Report of the Indian Hemp Drugs Commission, 1894-1895 - Volume IV
Year: 1894
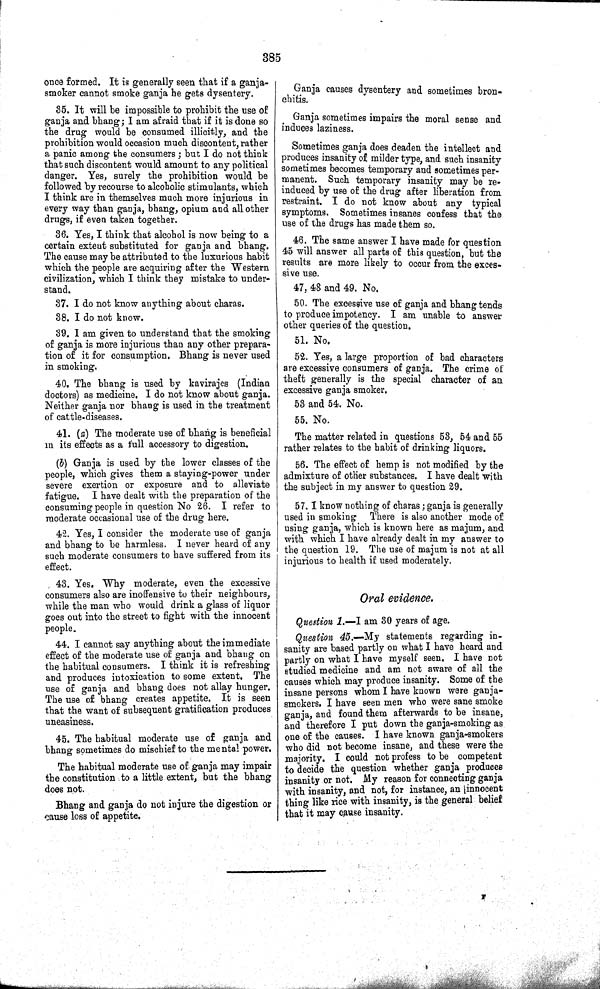
385
once formed. It is generally seen that if a ganja-
smoker cannot smoke ganja he gets dysentery.
35. It will be impossible to prohibit the use of
ganja and bhang; I am afraid that if it is done so
the drug would be consumed illicitly, and the
prohibition would occasion much discontent, rather
a panic among the consumers; but I do not think
that such discontent would amount to any political
danger. Yes, surely the prohibition would be
followed by recourse to alcoholic stimulants, which
I think are in themselves much more injurious in
every way than ganja, bhang, opium and all other
drugs, if even taken together.
36. Yes, I think that alcohol is now being to a
certain extent substituted for ganja and bhang.
The cause may be attributed to the luxurious habit
which the people are acquiring after the Western
civilization, which I think they mistake to under-
stand.
37. I do not know anything about charas.
38. I do not know.
39. I am given to understand that the smoking
of ganja is more injurious than any other prepara-
tion of it for consumption. Bhang is never used
in smoking.
40. The bhang is used by kavirajes (Indian
doctors) as medicine. I do not know about ganja.
Neither ganja nor bhang is used in the treatment
of cattle-diseases.
41. (a) The moderate use of bhang is beneficial
in its effects as a full accessory to digestion.
(b) Ganja is used by the lower classes of the
people, which gives them a staying-power under
severe exertion or exposure and to alleviate
fatigue. I have dealt with the preparation of the
consuming people in question No 26. I refer to
moderate occasional use of the drug here.
42. Yes, I consider the moderate use of ganja
and bhang to be harmless. I never heard of any
such moderate consumers to have suffered from its
effect.
43. Yes. Why moderate, even the excessive
consumers also are inoffensive to their neighbours,
while the man who would drink a glass of liquor
goes out into the street to fight with the innocent
people.
44. I cannot say anything about the immediate
effect of the moderate use of ganja and bhang on
the habitual consumers. I think it is refreshing
and produces intoxication to some extent. The
use of ganja and bhang does not allay hunger.
The use of bhang creates appetite. It is seen
that the want of subsequent gratification produces
uneasiness.
45. The habitual moderate use of ganja and
bhang sometimes do mischief to the mental power.
The habitual moderate use of ganja may impair
the constitution to a little extent, but the bhang
does not.
Bhang and ganja do not injure the digestion or
cause loss of appetite.
Ganja causes dysentery and sometimes bron-
chitis.
Ganja sometimes impairs the moral sense and
induces laziness.
Sometimes ganja does deaden the intellect and
produces insanity of milder type, and such insanity
sometimes becomes temporary and sometimes per-
manent. Such temporary insanity may be re-
induced by use of the drug after liberation from
restraint. I do not know about any typical
symptoms. Sometimes insanes confess that the
use of the drugs has made them so.
46. The same answer I have made for question
45 will answer all parts of this question, but the
results are more likely to occur from the exces-
sive use.
47, 48 and 49. No.
50. The excessive use of ganja and bhang tends
to produce impotency. I am unable to answer
other queries of the question.
51. No.
52. Yes, a large proportion of bad characters
are excessive consumers of ganja. The crime of
theft generally is the special character of an
excessive ganja smoker.
53 and 54. No.
55. No.
The matter related in questions 53, 54 and 55
rather relates to the habit of drinking liquors.
56. The effect of hemp is not modified by the
admixture of other substances. I have dealt with
the subject in my answer to question 29.
57. I know nothing of charas; ganja is generally
used in smoking There is also another mode of
using ganja, which is known here as majum, and
with which I have already dealt in my answer to
the question 19. The use of majum is not at all
injurious to health if used moderately.
Oral evidence.
Question 1.—I am 30 years of age.
Question 45.—My statements regarding in-
sanity are based partly on what I have heard and
partly on what I have myself seen. I have not
studied medicine and am not aware of all the
causes which may produce insanity. Some of the
insane persons whom I have known were ganja-
smokers, I have seen men who were sane smoke
ganja, and found them afterwards to be insane,
and therefore I put down the ganja-smoking as
one of the causes. I have known ganja-smokers
who did not become insane, and these were the
majority. I could not profess to be competent
to decide the question whether ganja produces
insanity or not. My reason for connecting ganja
with insanity, and not, for instance, an innocent
thing like rice with insanity, is the general belief
that it may cause insanity.